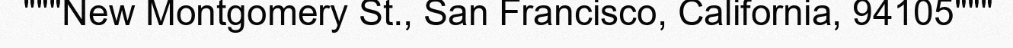
"""New Montgomery St., San Francisco, California, 94105"""